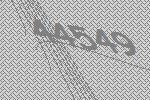
44549